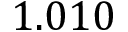
1 . 0 1 0